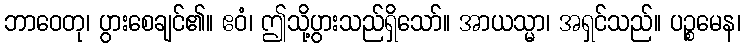
ဘာဝေတု၊ ပွားစေချင်၏။ ဧဝံ၊ ဤသို့ပွားသည်ရှိသော်။ အာယသ္မာ၊ အရှင်သည်။ ပဉ္စမေန၊